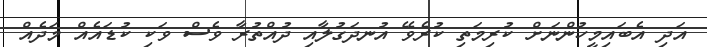
އަދި އެބައިމީހުންނަށް ކުރިމަތި ކުރެވޭ އުނދަގުލާއި ދުއްތުރާ ވެސް ވަކި ކުޑައެއް މަދެއް